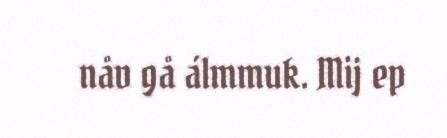
nåv gå álmmuk. Mij ep